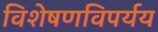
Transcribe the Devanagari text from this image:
विशेषणविपर्यय